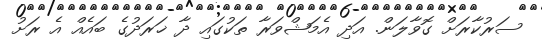
ސަރުކާރަށް ގޮވާލަން. އަދި އެމަޝްވަރާ ތަކުގައި ދާ ޚަރަދުގެ ބައެއް އެ ރަށު